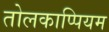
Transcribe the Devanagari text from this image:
तोलकाप्पियम